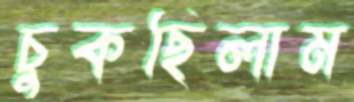
চুকছিলাম